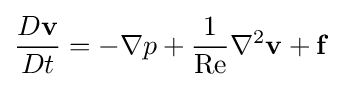
{\frac {D\mathbf {v} }{Dt}}=-\nabla p+{\frac {1}{\mathrm {Re} }}\nabla ^{2}\mathbf {v} +\mathbf {f}